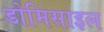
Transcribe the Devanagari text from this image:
डोमिसाइल